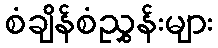
စံချိန်စံညွှန်းများ